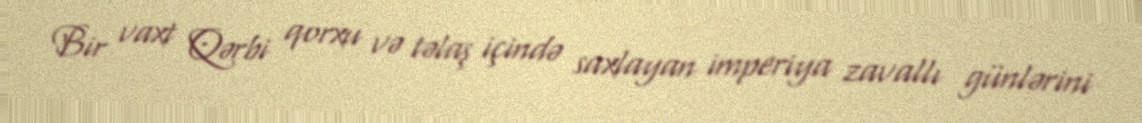
Bir vaxt Qərbi qorxu və təlaş içində saxlayan imperiya zavallı günlərini